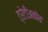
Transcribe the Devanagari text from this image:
ट्रेटीअकोव